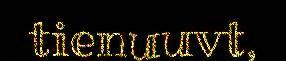
tienuuvt,